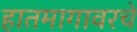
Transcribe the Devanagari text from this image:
हातमागावरचे